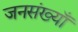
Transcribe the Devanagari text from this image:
जनसंख्याँ